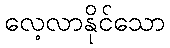
လေ့လာနိုင်သော